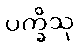
ပက္ခိသု